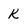
Character: k